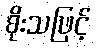
စိုးသဖြင့်